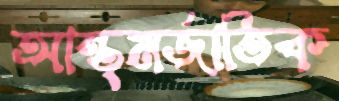
আন্ত্মর্জাতিক